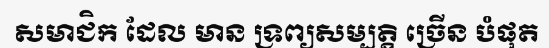
សមាជិក ដែល មាន ទ្រព្យសម្បត្តិ ច្រើន បំផុត